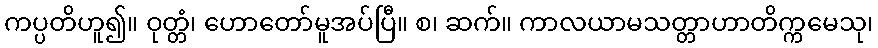
ကပ္ပတိဟူ၍။ ဝုတ္တံ၊ ဟောတော်မူအပ်ပြီ။ စ၊ ဆက်။ ကာလယာမသတ္တာဟာတိက္ကမေသု၊